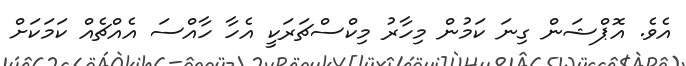
އެވެ. އޮޕްޝަން ގިނަ ކަމުން މިހާރު މިކްސްޗަރަކީ އެހާ ހާއްސަ އެއްޗެއް ކަމަކަށް